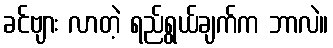
ခင်ဗျား လာတဲ့ ရည်ရွယ်ချက်က ဘာလဲ။